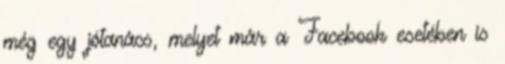
még egy jótanács, melyet már a Facebook esetében is